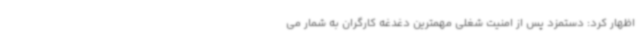
اظهار کرد: دستمزد پس از امنیت شغلی مهمترین دغدغه کارگران به شمار می